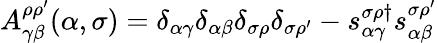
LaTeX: A_{\gamma\beta}^{\rho\rho^{\prime}}(\alpha,\sigma)=\delta_{\alpha\gamma}\delta_{\alpha\beta}\delta_{\sigma\rho}\delta_{\sigma\rho^{\prime}}-s_{\alpha\gamma}^{\sigma\rho\dagger}s_{\alpha\beta}^{\sigma\rho^{\prime}}